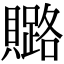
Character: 𧸚